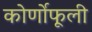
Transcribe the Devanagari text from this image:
कोर्णोफूली